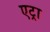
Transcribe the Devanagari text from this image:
एट्रा